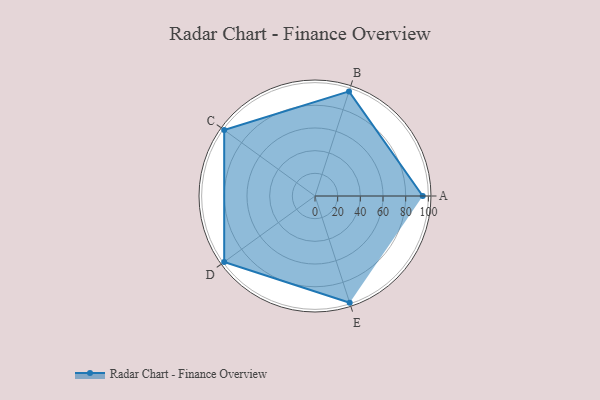
{"axis": {"x": "Skill", "y": "Score"}, "legend": ["Profile"], "data": [{"x": "A", "y": 95.0, "type": "Profile"}, {"x": "B", "y": 97.0, "type": "Profile"}, {"x": "C", "y": 99.0, "type": "Profile"}, {"x": "D", "y": 99, "type": "Profile"}, {"x": "E", "y": 99, "type": "Profile"}]}